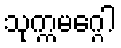
သုက္ကမဂ္ဂေါ